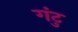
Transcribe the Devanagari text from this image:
गंटु